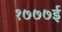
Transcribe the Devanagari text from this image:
१७७७ई